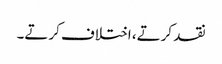
نقد کرتے، اختلاف کرتے۔